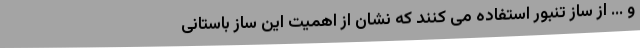
و ... از ساز تنبور استفاده می کنند که نشان از اهمیت این ساز باستانی